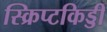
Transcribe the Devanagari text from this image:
स्क्रिप्टकिड्डी